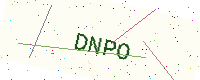
Text: DNPO